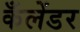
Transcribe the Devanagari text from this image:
कँलेंडर